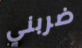
ضربني